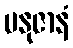
မနုဇာနံ